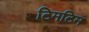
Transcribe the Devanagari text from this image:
टिमटिम